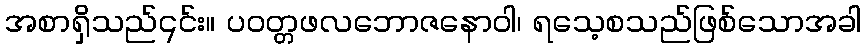
အစာရှိသည်၎င်း။ ပဝတ္တဖလဘောဇနောဝါ၊ ရသေ့စသည်ဖြစ်သောအခါ